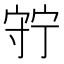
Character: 𡨹